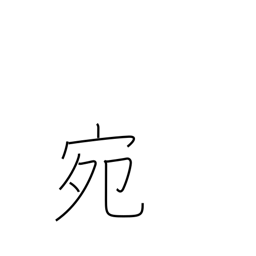
Meaning: fortunately